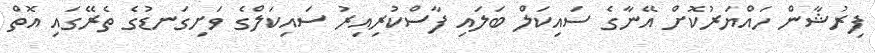
ފިރުޝާން ހައްޔަރުކޮށް އޭނާގެ ސައިކަލް ބަލައި ފާސްކުރިއިރު ސައިކަލްގެ ވަށިގަނޑުގެ ތެރޭގައި އޮތް